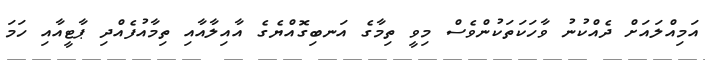
އަމިއްލައަށް ދެއްކުނު ވާހަކަތަކުންވެސް މިވީ ތިމާގެ އަނބިގޮއްޔެގެ އާއިލާއާއި ތިމާއުފެއްދި ޕާޓީއާއި ހަމަ